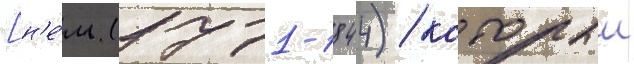
[н'е́м. (1771-1844) / которыи